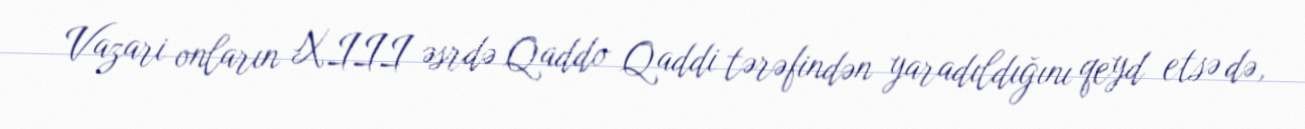
Vazari onların XIII əsrdə Qaddo Qaddi tərəfindən yaradıldığını qeyd etsə də,